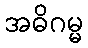
အဓိဂမ္မ